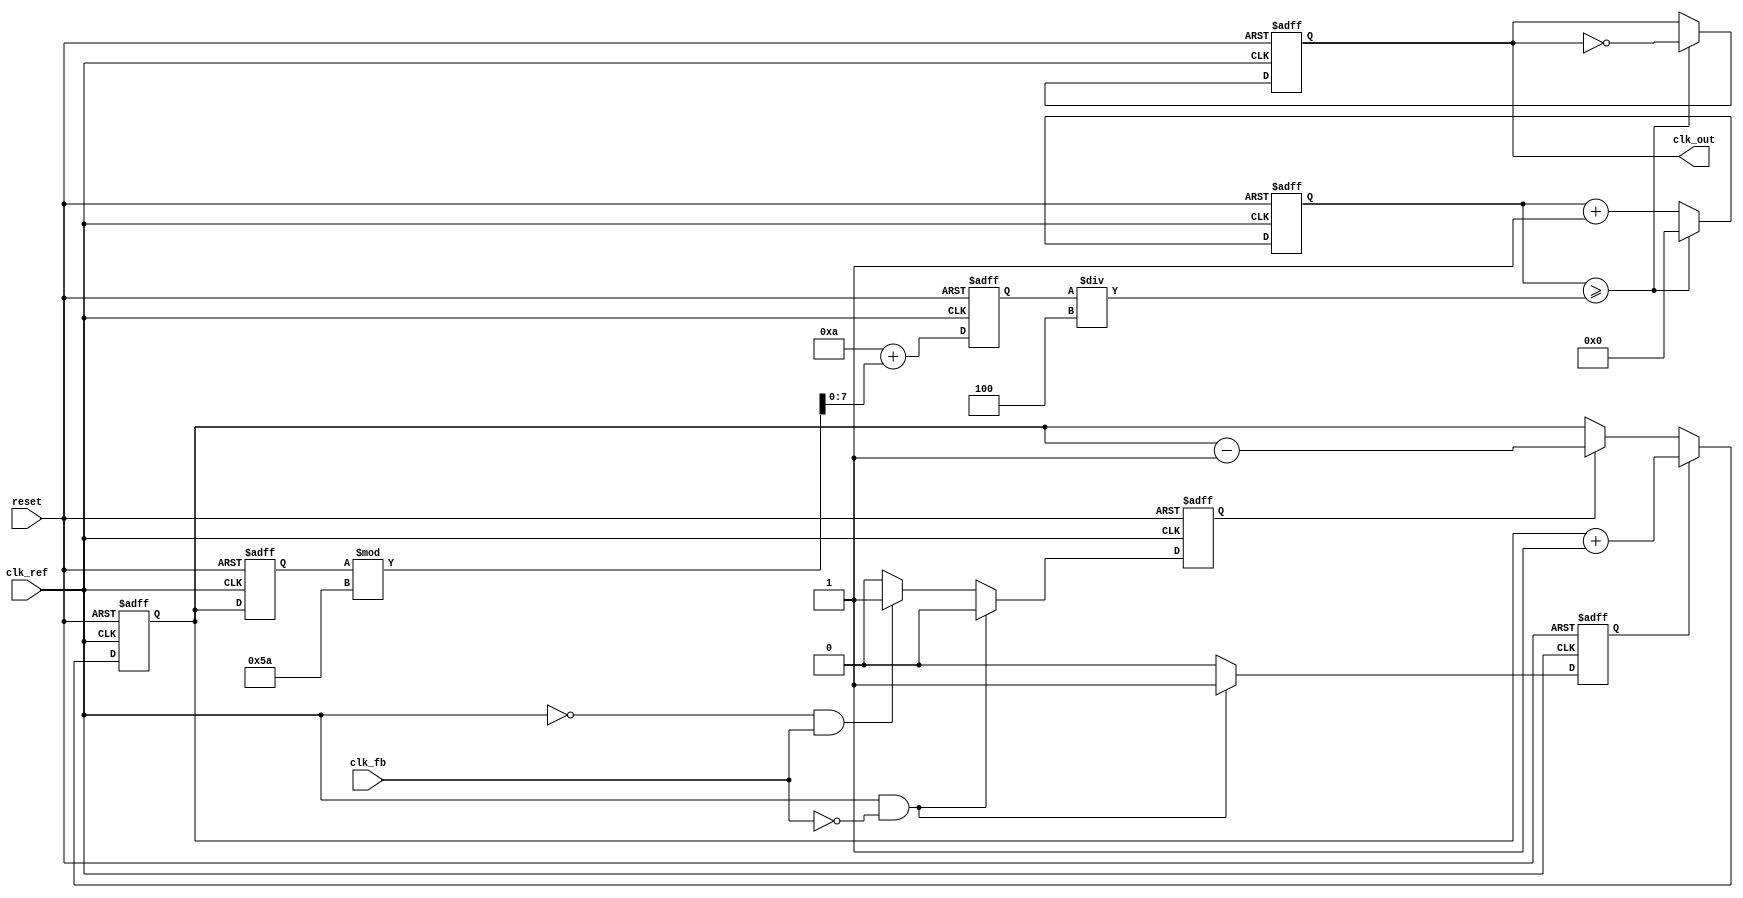
module cp_pll (
    input wire clk_ref,          // Reference clock input
    input wire clk_fb,           // Feedback clock from VCO
    input wire reset,            // Asynchronous reset
    output reg clk_out           // Output clock
);

// Parameters
parameter DIV_RATIO = 4;       // Division ratio for feedback
parameter VCO_MAX_FREQ = 100;  // Max frequency for VCO
parameter VCO_MIN_FREQ = 10;   // Min frequency for VCO
parameter CHARGE_CURRENT = 1;  // Charge pump current
parameter DISCHARGE_CURRENT = 1; // Discharge pump current

// Internal signals
reg up, down;
reg [7:0] charge_pump_output;   // Charge pump output voltage level
reg [7:0] loop_filter_output;    // Loop filter output voltage level
reg [7:0] vco_control_voltage;   // Control voltage for VCO
reg [7:0] vco_frequency;         // VCO frequency
reg [31:0] counter;              // Frequency divider counter

// Phase Frequency Detector (PFD)
always @(posedge clk_ref or posedge reset) begin
    if (reset) begin
        up <= 0;
        down <= 0;
    end else begin
        // Simple PFD logic
        if (clk_ref && !clk_fb) begin
            up <= 1;   // Reference clock leads feedback clock
            down <= 0;
        end else if (!clk_ref && clk_fb) begin
            up <= 0;
            down <= 1; // Feedback clock leads reference clock
        end else begin
            up <= 0;
            down <= 0; // No phase difference
        end
    end
end

// Charge Pump
always @(posedge clk_ref or posedge reset) begin
    if (reset) begin
        charge_pump_output <= 0;
    end else begin
        if (up) begin
            charge_pump_output <= charge_pump_output + CHARGE_CURRENT;
        end else if (down) begin
            charge_pump_output <= charge_pump_output - DISCHARGE_CURRENT;
        end
    end
end

// Loop Filter (simple integrator)
always @(posedge clk_ref or posedge reset) begin
    if (reset) begin
        loop_filter_output <= 0;
    end else begin
        loop_filter_output <= charge_pump_output; // Directly using charge pump output for simplicity
    end
end

// Voltage-Controlled Oscillator (VCO)
always @(posedge clk_ref or posedge reset) begin
    if (reset) begin
        vco_control_voltage <= 0;
        vco_frequency <= VCO_MIN_FREQ;
    end else begin
        // Control VCO frequency based on loop filter output
        vco_control_voltage <= loop_filter_output;
        vco_frequency <= VCO_MIN_FREQ + (loop_filter_output % (VCO_MAX_FREQ - VCO_MIN_FREQ));
    end
end

// Frequency Divider
always @(posedge clk_ref or posedge reset) begin
    if (reset) begin
        counter <= 0;
        clk_out <= 0;
    end else begin
        counter <= counter + 1;
        if (counter >= (vco_frequency / DIV_RATIO)) begin
            clk_out <= ~clk_out; // Toggle output clock
            counter <= 0; // Reset counter
        end
    end
end

endmodule